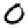
Digit: 0